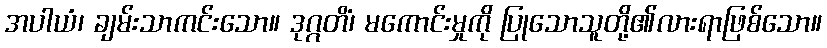
အပါယံ၊ ချမ်းသာကင်းသော။ ဒုဂ္ဂတိံ၊ မကောင်းမှုကို ပြုသောသူတို့၏လားရာဖြစ်သော။